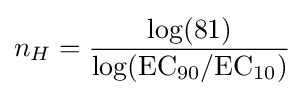
n_{H}={\frac {\log(81)}{\log(\mathrm {EC} {\vphantom {A}}_{\smash[{t}]{90}}/\mathrm {EC} {\vphantom {A}}_{\smash[{t}]{10}})}}